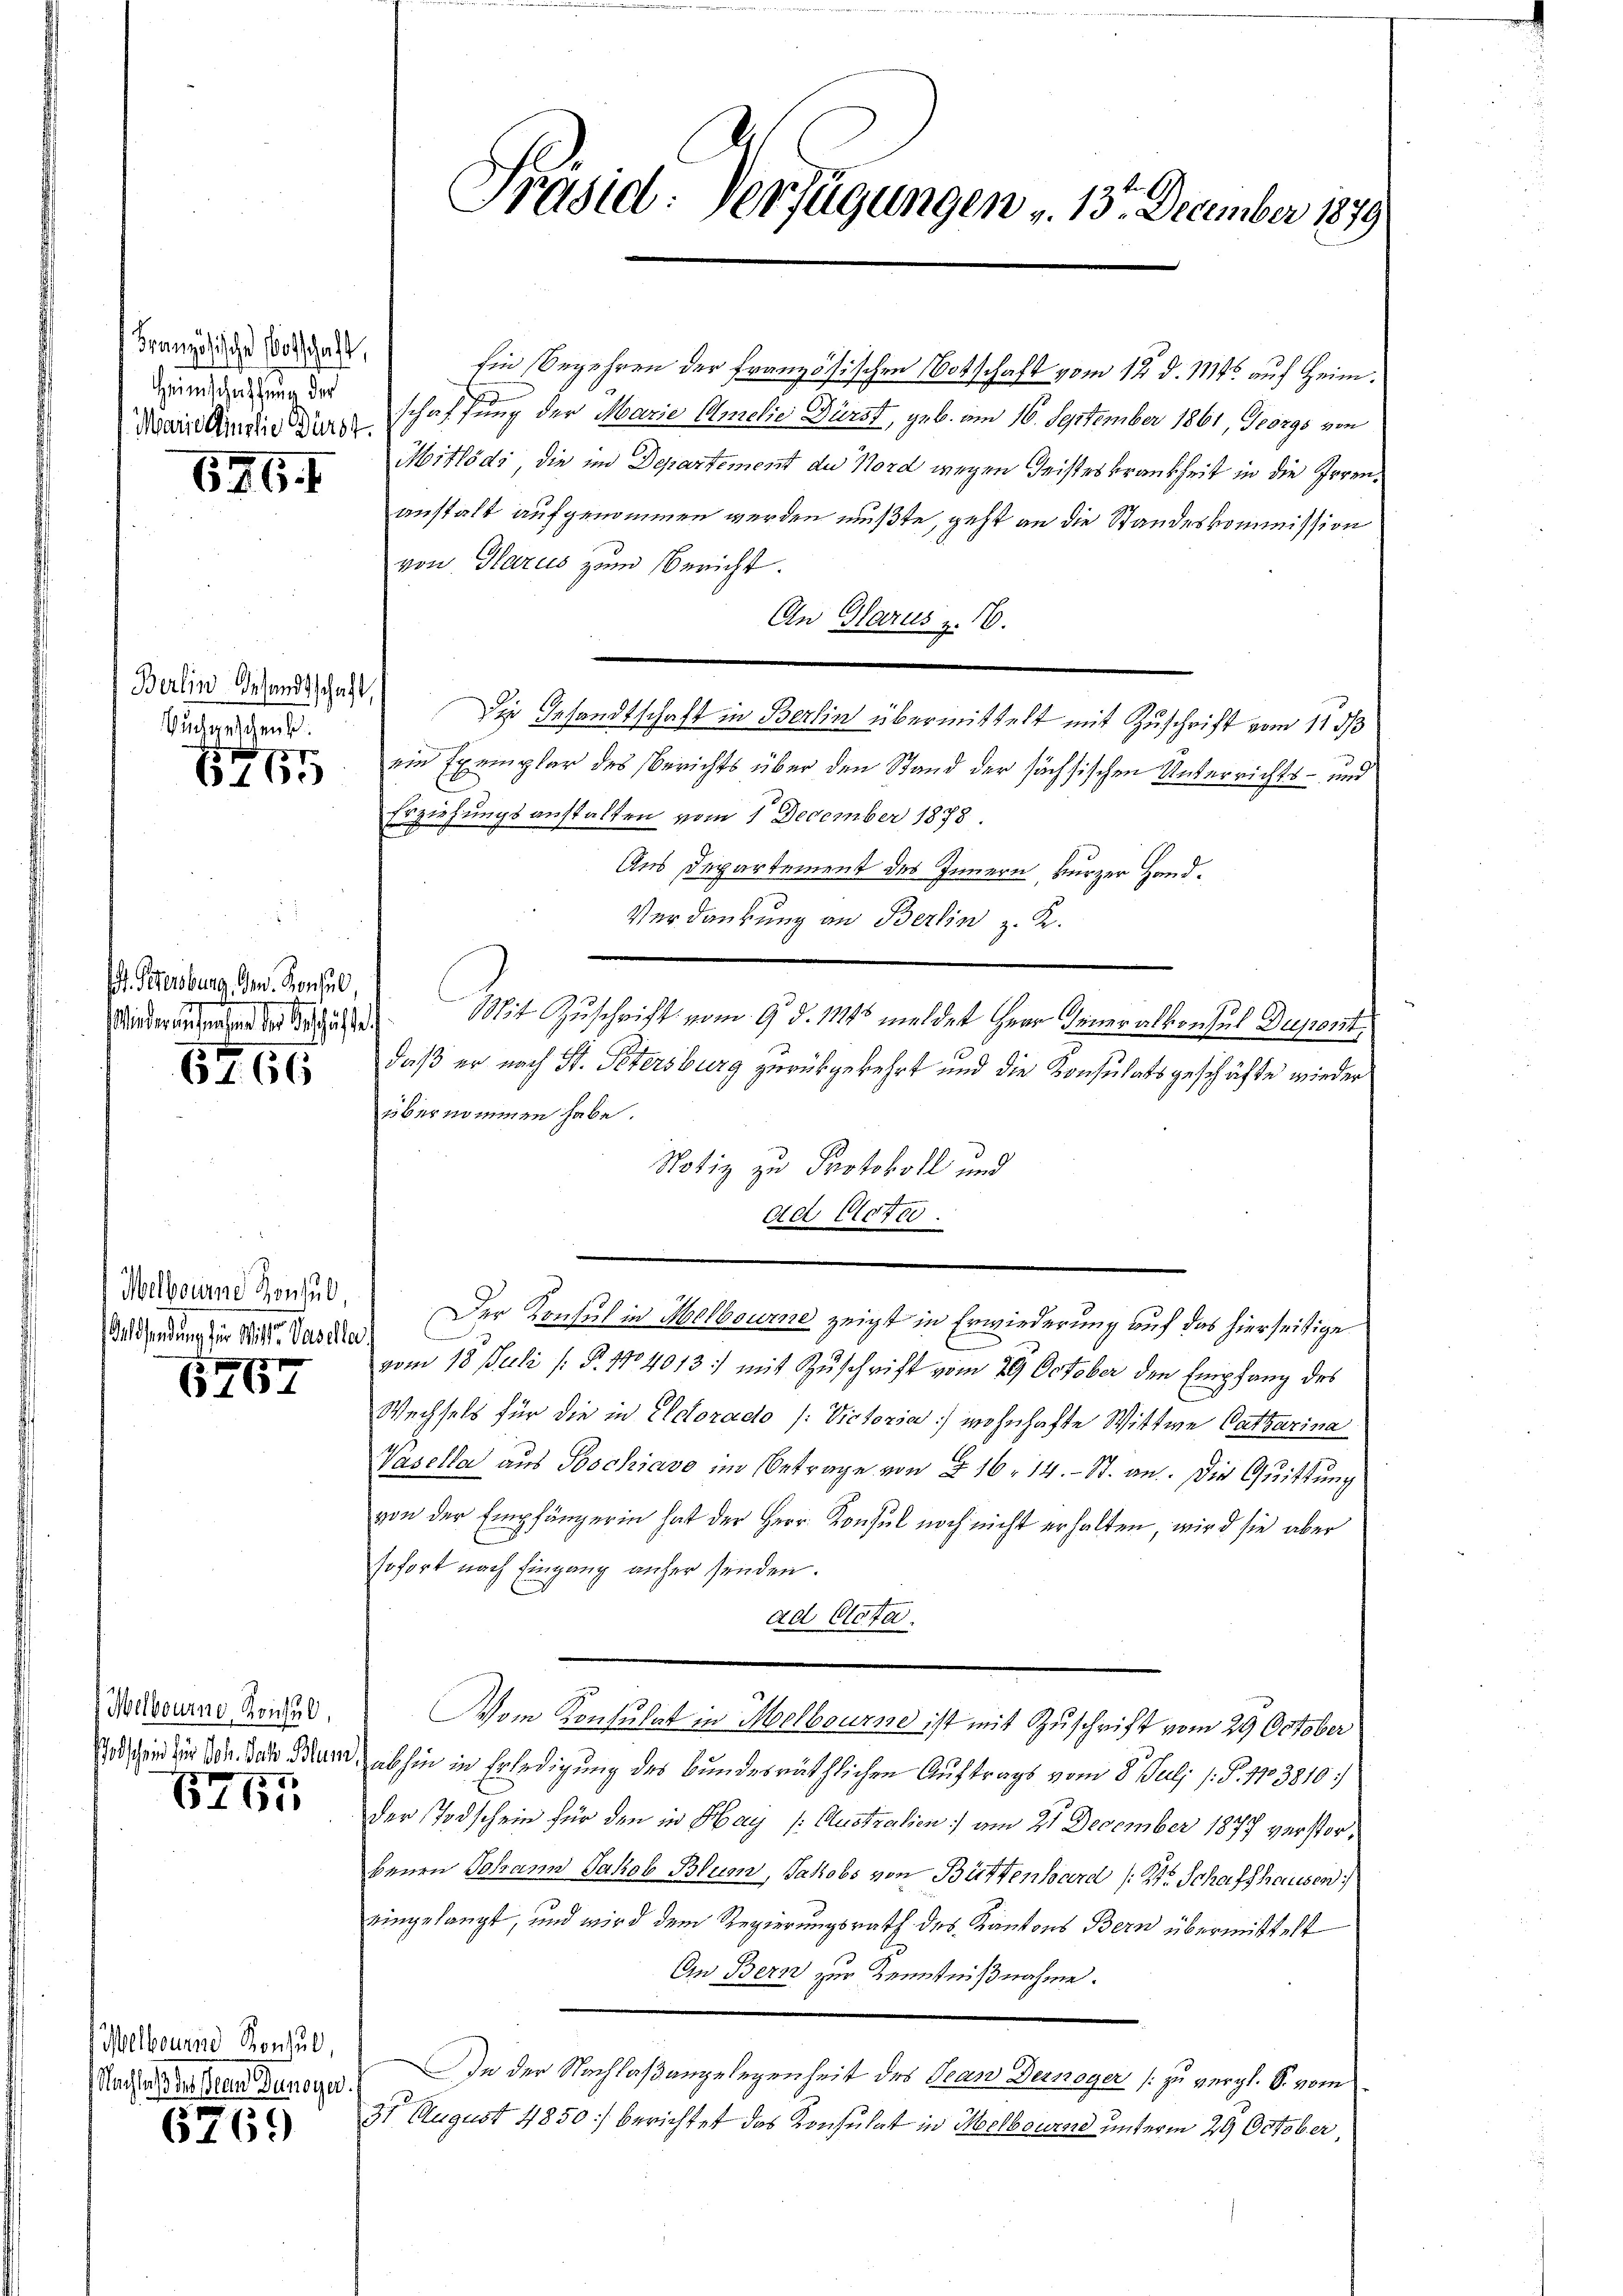
Französische Botschaft,
Heimschaftung der
Marielins die Bürst.

626 f

Berlin Gesandtschaft,
Buchgeschens.

1875

St. Petersburg, Gen. Konsul,
Mieder unserehend der Beschäfte

6766

Melbourne Konsul,

1767

Welbourne Reichul
Potschein zur Joh. Jahr Blume

6765

Melbourne Konsul,
Nachtes des ein Dunoyer

6769

Præsid: Verfügungen v. 13. December 1879

Ein Begehren der französischen Botschaft vom 12. d. 1145 auf Heimschaffung der Marie Amelić Dürst, geb. am 16. September 1861, Georgs von
Mitlödi, die im Departement du Nord wegen Geisteskrankheit in die Irrenanstalt aufgenommen werden mußte, geht an die Standeskommission
von Glarus zum Bericht.
An Glarus z. B.
Die Gesandtschaft in Berlin übermittelt mit Zuschrift vom 11 d
ein Exemplar des Berichts über den Stand der sächsischen Unterrichts- und
Erziehungsanstalten vom 1. December 1878
Aus Departement des Innern, kurzer Hand¬
Verdankung an Berlin z. K.
Mit Zuschrift vom 9. d. 1145 meldet Herr Generalkonsul Dupont
daß er nach St. Petersburg zurückgekehrt und die Konsulatsgeschäfte wieder
übernommen habe.
Notiz zu Protokoll und
dd 1075.
Der Konsul in Melbourne zeigt in Erwiederung auf das hierseitige
Aundung in der das vom 15. Juli s. S. 114013 :/ mit Zuschrift vom 29. October den Empfang des
Wechsels für die in Actoracio (: Victoria wohnhafte Wittwe Catharina
Vasella aus Poschiavo im Betrage von § 16. 14. - St. an. Die Quittung
von der Empfängerin hat der Herr Konsul noch nicht erhalten, wird sie aber
sofort nach Eingang anher senden.
ad Clota.
Vom Konsulat in Melbourne ist mit Zuschrift vom 29 October
abhin in Erledigung des Bundesräthlichen Auftrags vom 8. Juli /: P. 173810
der Todschein für den in Hay (Australien) am 21 December 1877 verstorbenen Johann Jakob Blum, Jakobs von Büttenhard (Str. Schaffhausen
eingelangt, und wird dem Regierungsrath des Kantons Bern übermittelt
An Bern zur Kenntnißnahme.
IIn der Nachlaßangelegenheit des Jean Dermoger (zu vergl. S. vom
31 August 4850 berichtet das Konsulat in Melbouren unterm 29 October,